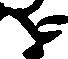
を